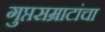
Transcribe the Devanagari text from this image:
गुप्तसम्राटांचा